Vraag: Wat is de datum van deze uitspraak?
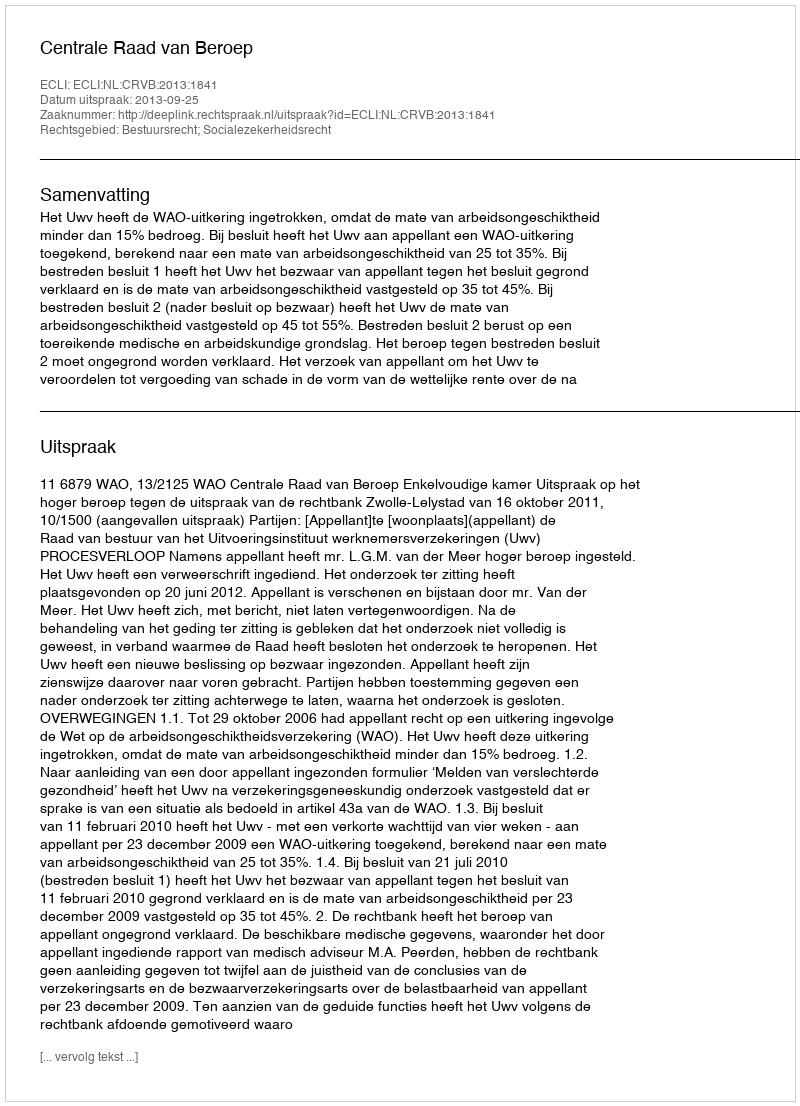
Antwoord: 2013-09-25